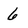
Character: 6